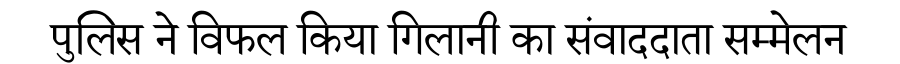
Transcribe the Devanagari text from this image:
पुलिस ने विफल किया गिलानी का संवाददाता सम्मेलन